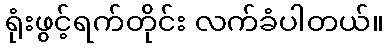
ရုံးဖွင့်ရက်တိုင်း လက်ခံပါတယ်။